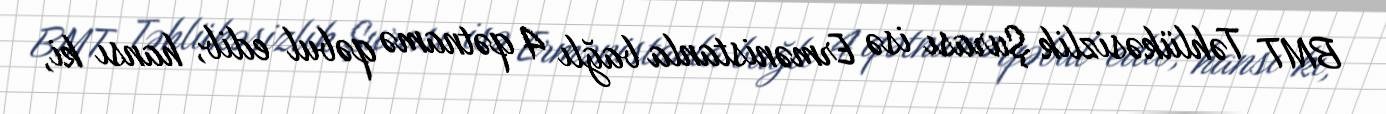
BMT Təhlükəsizlik Şurası isə Ermənistanla bağlı 4 qətnamə qəbul edib, hansı ki,